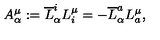
A _ { \alpha } ^ { \mu } : = \overline { { L } } _ { \alpha } ^ { i } L _ { i } ^ { \mu } = - \overline { { L } } _ { \alpha } ^ { a } L _ { a } ^ { \mu } ,